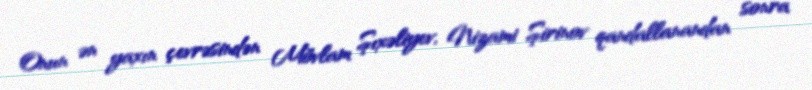
Onun ən yaxın çevrəsindən Mövlam Şıxəliyev, Nizami Şirinov qandallanandan sonra